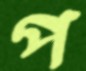
প